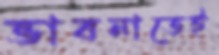
ভাবনাতেই